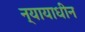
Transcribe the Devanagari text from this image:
न्यायाधीन